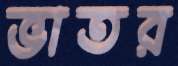
ভাতর